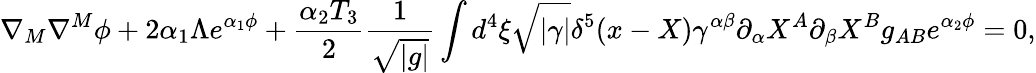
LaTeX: \nabla_{M}\nabla^{M}\phi+2\alpha_{1}\Lambda e^{\alpha_{1}\phi}+\frac{\alpha_{2}T_{3}}{2}\frac{1}{\sqrt{|g|}}\int d^{4}\xi\sqrt{|\gamma|}\delta^{5}(x-X)\gamma^{\alpha\beta}\partial_{\alpha}X^{A}\partial_{\beta}X^{B}g_{AB}e^{\alpha_{2}\phi}=0,